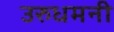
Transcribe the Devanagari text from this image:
उरुधमनी